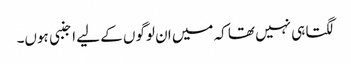
لگتا ہی نہیں تھا کہ میں ان لوگوں کے لیے اجنبی ہوں۔